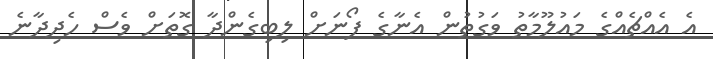
އެ އެއްޗެއްގެ މައުލޫމާތު ވަގުތުން އެނާގެ ފޯނަށް ލިބިގެންދާ ގޮތަށް ވެސް ހެދިދާނެ